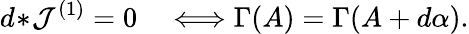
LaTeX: d\! \ast\! {\cal J}^{(1)}=0\quad\Longleftrightarrow\Gamma(A)=\Gamma(A+d\alpha).